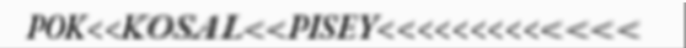
POK<<KOSAL<<PISEY<<<<<<<<<<<<<